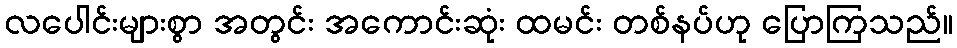
လပေါင်းများစွာ အတွင်း အကောင်းဆုံး ထမင်း တစ်နပ်ဟု ပြောကြသည်။